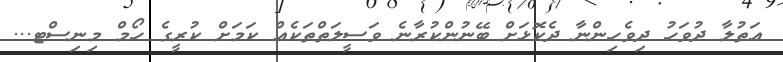
އަތުލާ ދުވަހު ދިވެހިންނާ ދެކޮޅަށް ބޭނުންކުރާނެ ވަސީލަތްތަކެއް ކަމަށް ކުރީގެ ހޯމް މިނިސްޓ...